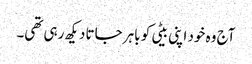
آج وہ خود اپنی بیٹی کو باہر جاتا دیکھ رہی تھی۔